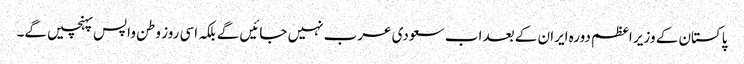
پاکستان کے وزیر اعظم دورہ ایران کے بعد اب سعودی عرب نہیں جائیں گے بلکہ اسی روز وطن واپس پہنچیں گے۔